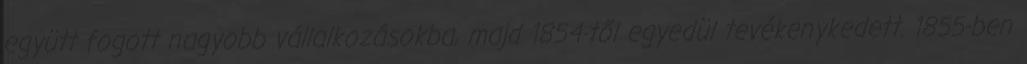
együtt fogott nagyobb vállalkozásokba, majd 1854-től egyedül tevékenykedett. 1855-ben